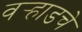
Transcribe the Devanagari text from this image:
वर्‍हाडचे